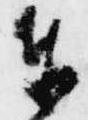
奉